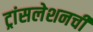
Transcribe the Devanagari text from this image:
ट्रांसलेशनची